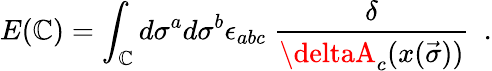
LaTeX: E(\mathbb{C})=\int_{\mathbb{C}}d\sigma^{a}d\sigma^{b}\epsilon_{abc}\ \frac{{\delta}}{{\deltaA_{c}(x(\vec{{\sigma}}))}}\ \ .